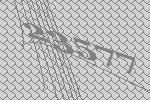
23577